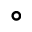
^ { \circ }